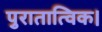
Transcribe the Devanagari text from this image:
पुरातात्विक।